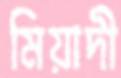
মিয়াদী